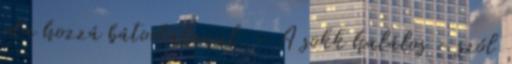
oda hozzá bátortalanul. - A sokk halálos - szól